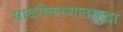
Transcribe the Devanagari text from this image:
सादरीकरणातसुद्धा